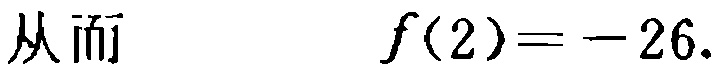
从而 $\quad f(2)=-26.$